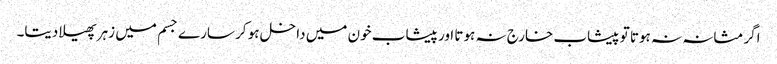
اگر مثانہ نہ ہوتا تو پیشاب خارج نہ ہوتا اور پیشاب خون میں داخل ہو کر سارے جسم میں زہر پھیلا دیتا۔